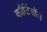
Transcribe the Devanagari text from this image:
कौर्टिसॉल